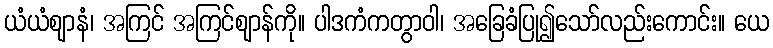
ယံယံဈာနံ၊ အကြင် အကြင်ဈာန်ကို။ ပါဒကံကတွာဝါ၊ အခြေခံပြု၍သော်လည်းကောင်း။ ယေ